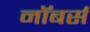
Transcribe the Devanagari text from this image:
नॉबर्स